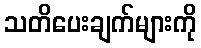
သတိပေးချက်များကို